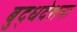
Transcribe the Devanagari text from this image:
बुद्धदेशना